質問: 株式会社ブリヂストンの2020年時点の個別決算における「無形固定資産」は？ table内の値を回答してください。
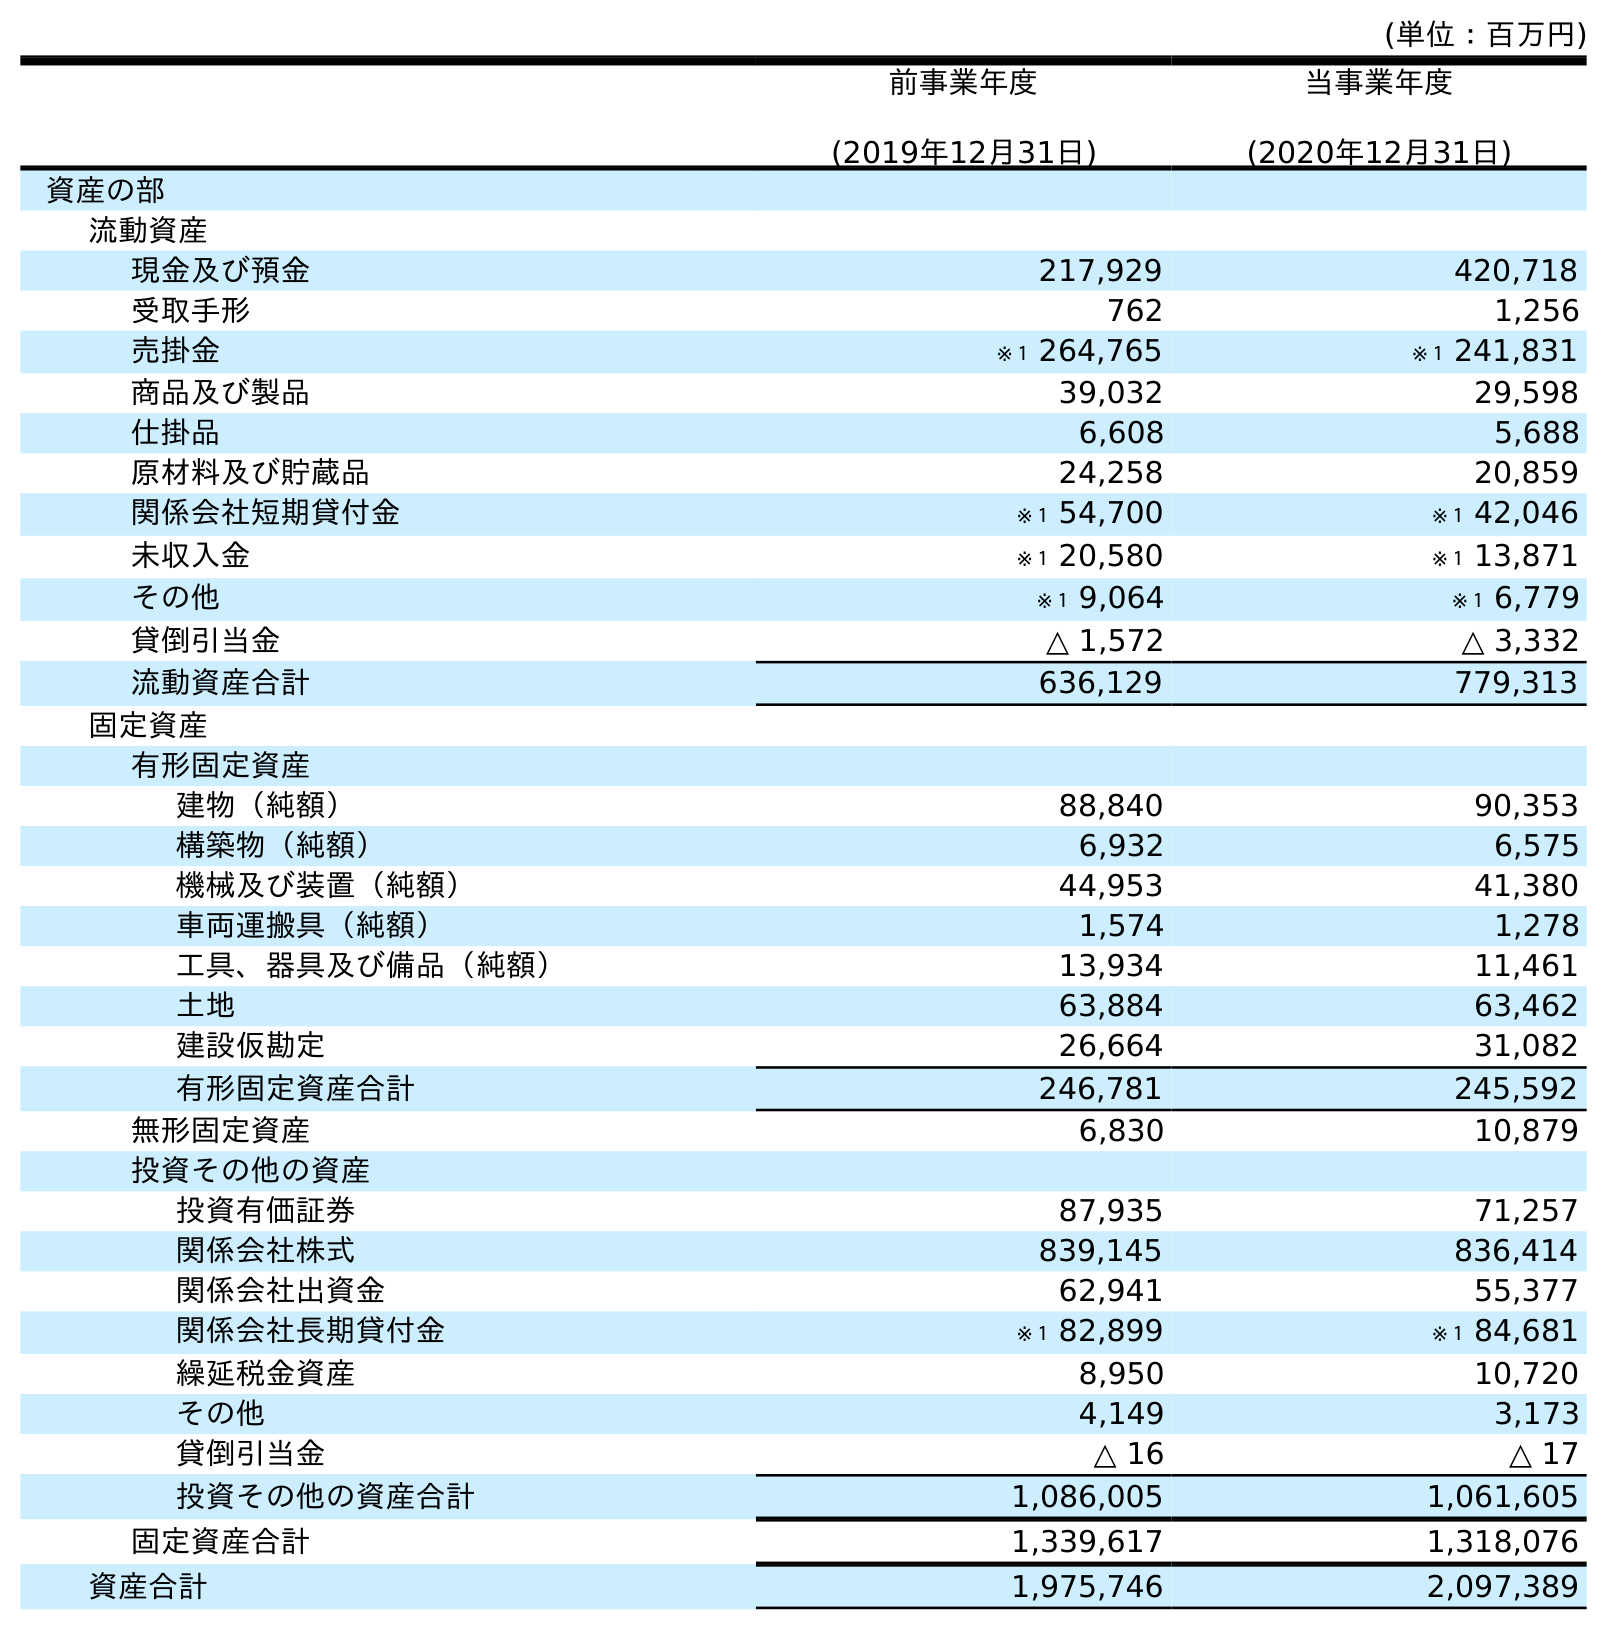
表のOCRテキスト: (単位：百万円) 前事業年度 (2019年12月31日) 当事業年度 (2020年12月31日) 資産の部 流動資産 現金及び預金 217,929 420,718 受取手形 762 1,256 売掛金 ※１ 264,765 ※１ 241,831 商品及び製品 39,032 29,598 仕掛品 6,608 5,688 原材料及び貯蔵品 24,258 20,859 関係会社短期貸付金 ※１ 54,700 ※１ 42,046 未収入金 ※１ 20,580 ※１ 13,871 その他 ※１ 9,064 ※１ 6,779 貸倒引当金 △ 1,572 △ 3,332 流動資産合計 636,129 779,313 固定資産 有形固定資産 建物（純額） 88,840 90,353 構築物（純額） 6,932 6,575 機械及び装置（純額） 44,953 41,380 車両運搬具（純額） 1,574 1,278 工具、器具及び備品（純額） 13,934 11,461 土地 63,884 63,462 建設仮勘定 26,664 31,082 有形固定資産合計 246,781 245,592 無形固定資産 6,830 10,879 投資その他の資産 投資有価証券 87,935 71,257 関係会社株式 839,145 836,414 関係会社出資金 62,941 55,377 関係会社長期貸付金 ※１ 82,899 ※１ 84,681 繰延税金資産 8,950 10,720 その他 4,149 3,173 貸倒引当金 △ 16 △ 17 投資その他の資産合計 1,086,005 1,061,605 固定資産合計 1,339,617 1,318,076 資産合計 1,975,746 2,097,389
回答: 10,879